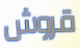
قروش